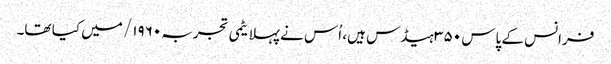
فرانس کے پاس ۳۵۰ ہیڈس ہیں، اُس نے پہلا یٹمی تجربہ ۱۹۶۰/ میں کیا تھا۔